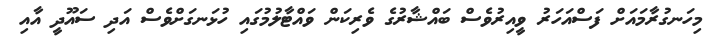
މިހަނގުރާމައަށް ފަސްއަހަރު ވީއިރުވެސް ބައްޝާރުގެ ވެރިކަން ވައްޓާލުމުގައި ހުޅަނގަށްވެސް އަދި ސައޫދީ އާއި